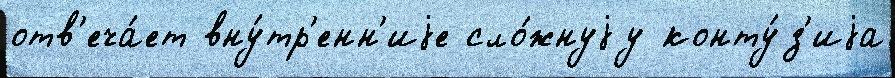
отв'еча́ет вну́тр'енн'иjе сло́жнуjу конту́з'иjа